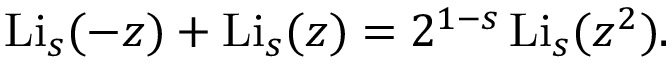
\operatorname { L i } _ { s } ( - z ) + \operatorname { L i } _ { s } ( z ) = 2 ^ { 1 - s } \operatorname { L i } _ { s } ( z ^ { 2 } ) .